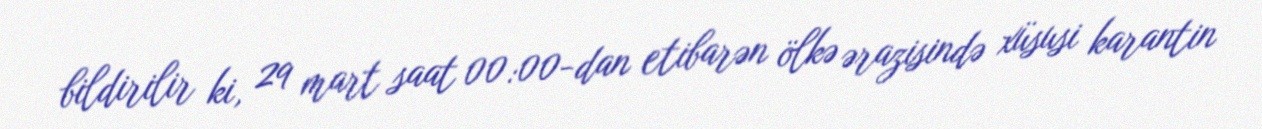
bildirilir ki, 29 mart saat 00:00-dan etibarən ölkə ərazisində xüsusi karantin